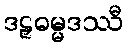
ဒဠှဓမ္မဒဿီ